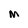
Character: M